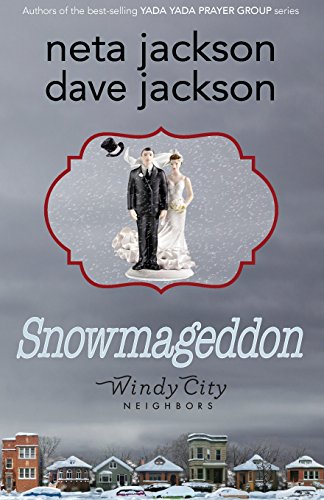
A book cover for Snowmageddon; Dave Jackson; Romance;